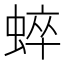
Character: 蜶